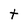
Character: t